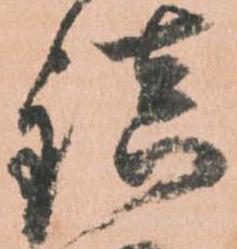
鎮